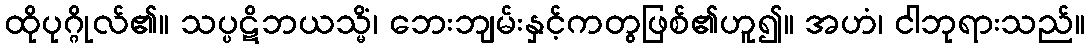
ထိုပုဂ္ဂိုလ်၏။ သပ္ပဋိဘယသ္မိံ၊ ဘေးဘျမ်းနှင့်ကတွဖြစ်၏ဟူ၍။ အဟံ၊ ငါဘုရားသည်။